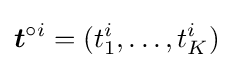
{\boldsymbol {t}}^{\circ i}=(t_{1}^{i},\dotsc ,t_{K}^{i})